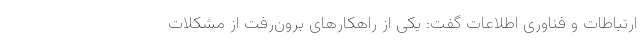
ارتباطات و فناوری اطلاعات گفت: یکی از راهکارهای برون‌رفت از مشکلات